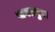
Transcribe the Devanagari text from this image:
सगतपुरा